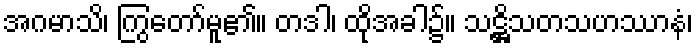
အဂမာသိ၊ ကြွတော်မူ၏။ တဒါ၊ ထိုအခါ၌။ သဋ္ဌိသတသဟဿာနံ၊